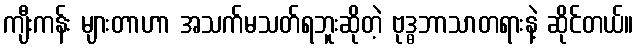
ကျီးကန်း များတာဟာ အသက်မသတ်ရဘူးဆိုတဲ့ ဗုဒ္ဓဘာသာတရားနဲ့ ဆိုင်တယ်။